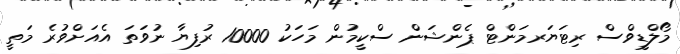
މޯލްޑީވްސް ރިޓަޔަރމަންޓް ޕެންޝަން ސްކީމުން މަހަކު 10000 ރުފިޔާ ނުވަތަ އެއަށްވުރެ މަތީ